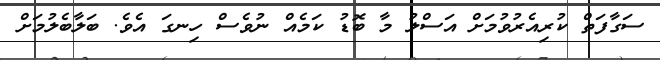
ސަގާފަތް ކުރިއެރުވުމަށް އަސްލު މާ ބޮޑު ކަމެއް ނުވެސް ހިނގަ އެވެ. ބަލާބެލުމަށް